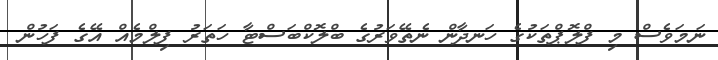
ނަމަވެސް މި ފްލޮޕްތަކުގެ ހަނދާން ނެތޭވަރުގެ ބްލޮކްބަސްޓާ ހަތަރު ފިލްމެއް އޭގެ ފަހުން